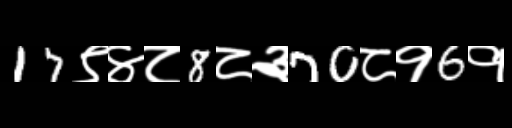
Text: 17९४८8८३70८१6१